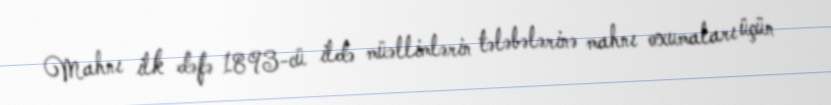
Mahnı ilk dəfə 1893-cü ildə müəllimlərin tələbələrinə mahnı oxumaları üçün